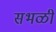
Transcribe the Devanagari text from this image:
सभळी